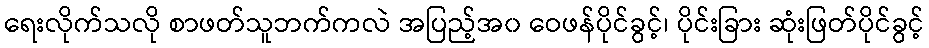
ရေးလိုက်သလို စာဖတ်သူဘက်ကလဲ အပြည့်အ၀ ဝေဖန်ပိုင်ခွင့်၊ ပိုင်းခြား ဆုံးဖြတ်ပိုင်ခွင့်